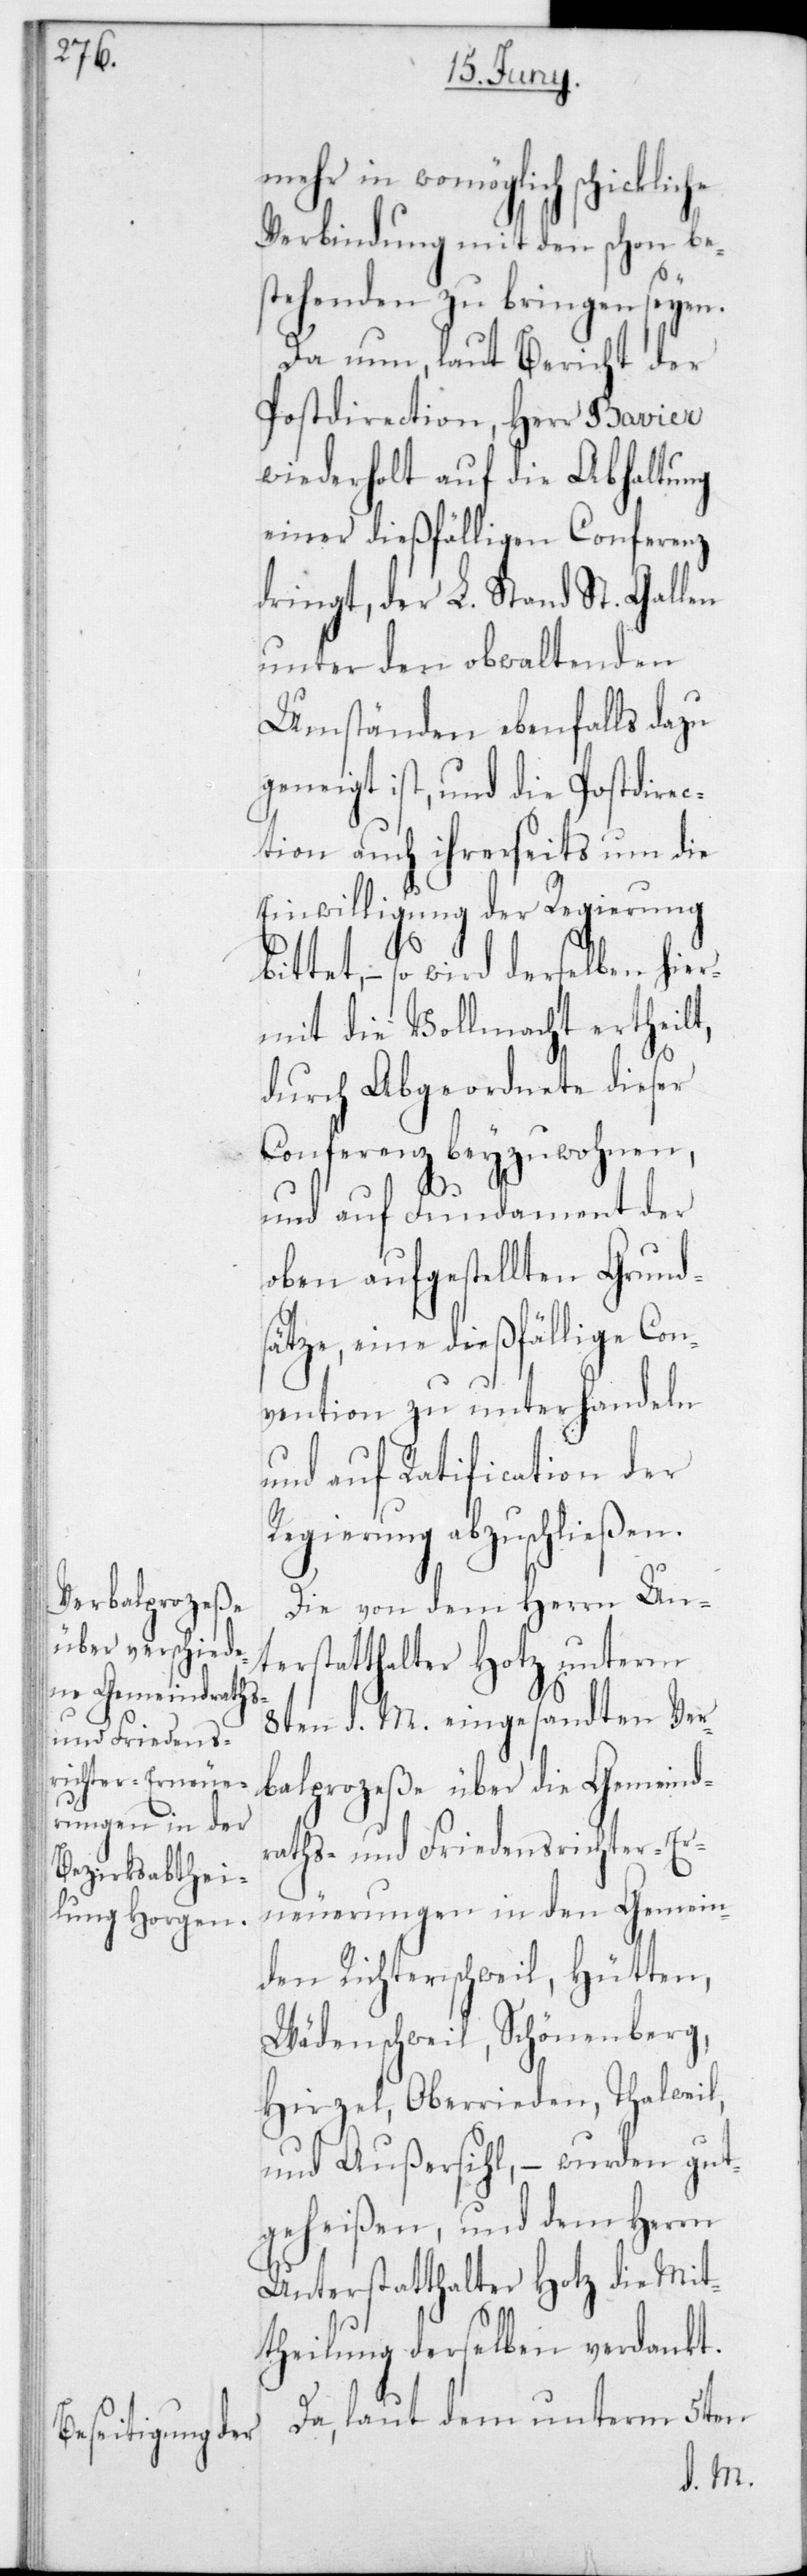
mehr in womöglich schickliche
Verbindung mit dem schon be¬
stehenden zu bringen seyen.
Da nun, laut Bericht der
Postdirection, Herr Bavier
wiederholt auf die Abhaltung
einer dießfälligen Conferenz
dringt, der L. Stand St. Gallen
unter den obwaltenden
Umständen ebenfalls dazu
geneigt ist, und die Postdirec¬
tion auch ihrerseits um die
Einwilligung der Regierung
– so wird derselben hier¬
mit die Vollmacht ertheilt,
durch Abgeordnete dieser
Conferenz beyzuwohnen,
und auf Fundament der
oben aufgestellten Grunds¬
e dießfällige C¬
onvention zu unterhandeln
und auf Ratification der
Regierung abzuschließen.
Die von dem Herrn Un¬
terstatthalter Hotz unterm
8ten d. M. eingesandten Ver¬
balprozeß e über die Gemeind¬
raths- und Friedensrichter-Er¬
neuerungen in den Gemein¬
den Richterschweil, Hütten,
Wädenschweil, Schönenberg,
Hirzel, Oberrieden, Thalweil
und Außersihl, – wurden gut¬
geheißen und dem Herrn
Unterstatthalter Hotz die Mit¬
theilung derselben verdankt.
Da, laut dem unterm 5ten